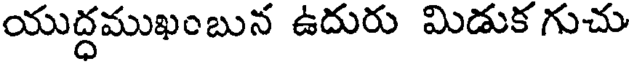
యుద్ధముఖంబున ఉదురు మిడుక గుచు